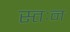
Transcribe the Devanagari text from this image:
स्तःन